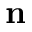
\mathbf { n }